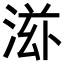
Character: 𬇿